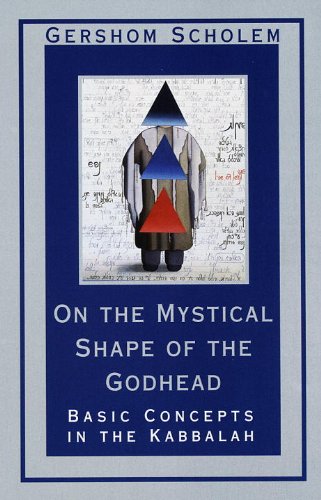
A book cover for On the Mystical Shape of the Godhead: Basic Concepts in the Kabbalah (Mysticism & Kabbalah); Gershom Scholem; Religion & Spirituality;